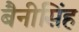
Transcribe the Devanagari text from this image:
बैनीसिंह